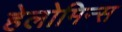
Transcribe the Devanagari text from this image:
हेलोमिन्स